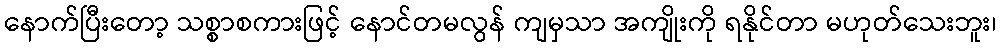
နောက်ပြီးတော့ သစ္စာစကားဖြင့် နောင်တမလွန် ကျမှသာ အကျိုးကို ရနိုင်တာ မဟုတ်သေးဘူး၊